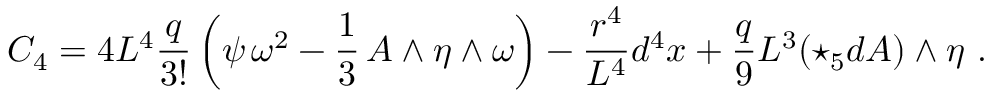
C _ { 4 } = 4 L ^ { 4 } \frac { q } { 3 ! } \left( \psi \, \omega ^ { 2 } - \frac { 1 } { 3 } \, A \wedge \eta \wedge \omega \right) - \frac { r ^ { 4 } } { L ^ { 4 } } d ^ { 4 } x + \frac { q } { 9 } L ^ { 3 } ( \star _ { 5 } d A ) \wedge \eta \ .